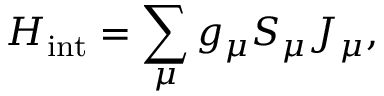
H _ { \mathrm { i n t } } = \sum _ { \mu } g _ { \mu } S _ { \mu } J _ { \mu } ,